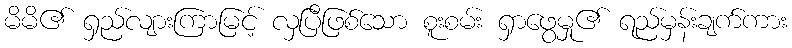
မိမိ၏ ရှည်လျားကြာမြင့် လှပြီဖြစ်သော စူးစမ်း ရှာဖွေမှု၏ ရည်မှန်းချက်ကား